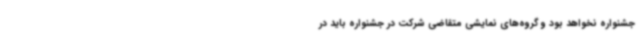
جشنواره نخواهد بود و گروه‌های نمایشی متقاضی شرکت در جشنواره باید در